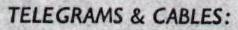
TELEGRAMS & CABLES: